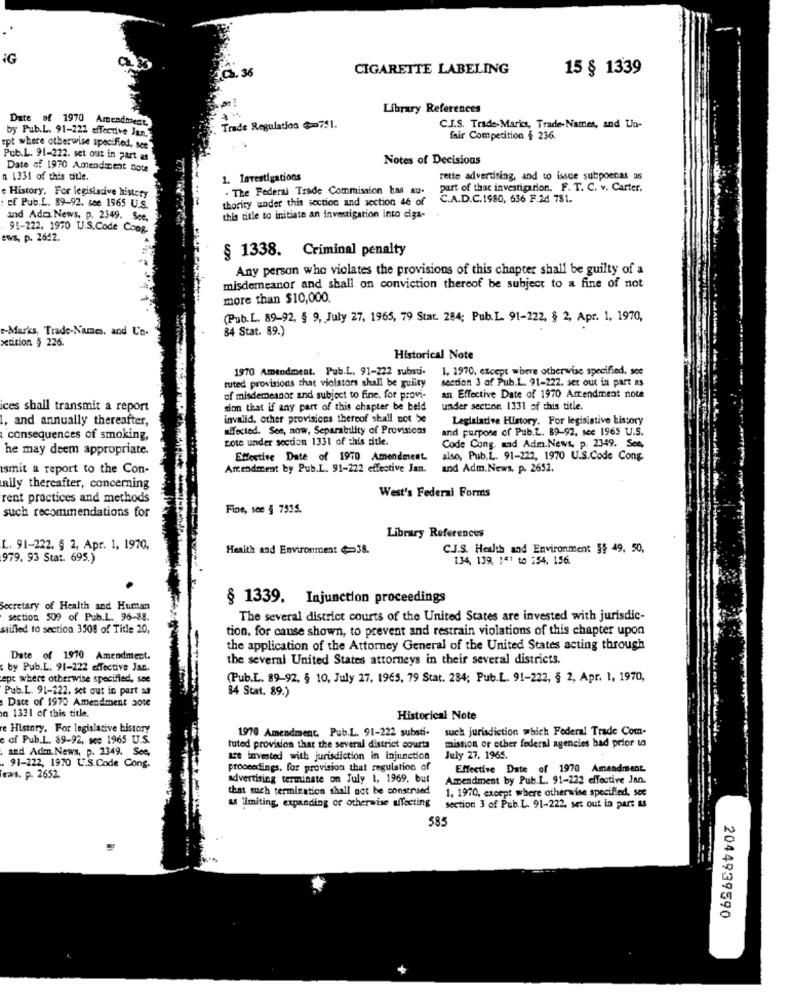
iG
3. 36
CIGARETTE LABELING
15 § 1339
Library References
Date of 1970 Amendment,
by Pub.L. 91-222 effective Jan."
Trade Regulation $751.
C.J.S. Trade- Marics, Trade-Names, and Un-
fair Competition $ 236.
pt where otherwise specified, see
Pub.L. 91-222. set out in part as
Notes of Decisions
Date of 1970 Amendment note
a 1331 of this title.
1. Investigations
rette advertising, and to issue subpoenas as
e History. For legislacive history
- The Federal Trade Commission has au.
part of that investigation. F. T. C. v. Carter,
thority under this section and section 46 of
C.A.D.C.1980, 636 F.2d 781.
cf Pub.L. 89-92. see 1965 U.S.
and Adm News, p. 2349, See.
this title to initiate an investigation into ciga-
91-222. 1970 U.S.Code Cong.
ews, p. 2642.
§ 1338. Criminal penalty
Any person who violates the provisions of this chapter shall be guilty of a
misdemeanor and shall on conviction thereof be subject to a fine of not
more than $10,000.
(Pub.L. 89-92, § 9, July 27, 1965, 79 Stat. 284; Pub. L. 91-222, § 2, Apr. 1, 1970,
-Marks, Trade-Names, and U'n.
84 Stat. 89.)
petition § 226.
Historical Note
1970 Amendment. Pub.L. 91-222 substi.
1. 1970, except where otherwise specified, soe
tuted provisions that violators shall be guilty
section 3 af Pub.L. 91-222. set out in part as
of misdemeanor and subject to fine, for provi-
an Effective Date of 1970 Amendment note
ices shall transmit a report
sion that if any part of this chapter be beld
under section 1331 of this title.
1, and annually thereafter,
invalid, other provisions thereof shall not be
Legislative History. For legislative history
affected. See, now, Separatnlity of Provisions
and purpose of Pub.L. 89-92, sce 1965 U.S.
consequences of smoking,
Lote under section 1331 of this sitle.
he may deem appropriate.
Code Cong. and Adm.News, p. 2349. See,
Effective Date of 1970 Amendment.
also, Pub.L. 91-222, 1970 U.S.Code Cong.
ismit a report to the Con-
Amendment by Pub.L. 91-222 effective Jan.
and Adm.News. p. 2652.
ally thereafter, concerning
rent practices and methods
West's Federal Forms
Fine, see § 7535.
such recommendations for
Library References
L. 91-222, § 2, Apr. 1, 1970,
Heaith and Environment $ == 38.
C.J.S. Health and Environment §§ 49, 50,
979. 93 Stat. 695.)
134, 139, 141 to 154. 156.
§ 1339. Injunction proceedings
Secretary of Health and Human
section 509 of Pub.L. 96-88.
The several district courts of the United States are invested with jurisdic-
stifled to section 3508 of Tide 20,
tion, for cause shown, to prevent and restrain violations of this chapter upon
the application of the Attorney General of the United States acting through
Date of 1970 Amendment.
the several United States attorneys in their several districts.
by Pub.L. 91-222 effective Jan.
ept where otherwise specified, see
(Pub.L. 89-92, § 10, July 27, 1965, 79 Stat. 284; Pub.L. 91-222, § 2, Apr. 1, 1970,
Pub.L. 91-222. sct out in part sa
84 Stat. 89.)
Date of 1970 Amendment 2010
n 1321 of this title.
Historical Note
e History. For legislative bistory
1970 Amendment. Pub.L. 91-222 substi-
such jurisdiction which Federal Trade Com-
of Pub.L. 89-92, see 1965 U.S.
mistion or other federal agencies bad prior to
and Adm. News, p. 2349. See,
tuted provision that the several district courts
are invested with jurisdiction in injunction
July 27, 1965.
91-222, 1970 U.S.Code Cong.
proceedings, for provision that regulation of
Effective Date of 1970 Amendment
ews. p. 2652.
advertising terminate on July 1, 1969. but
Amendment by Pub.L. 91-222 effective Jan.
that such termination shall not be construed
1, 1970, except where otherwise specified, see
as limiting, expanding or otherwise affecting section 3 of Pub.L. 91-222, set out in part as
585
2044939590